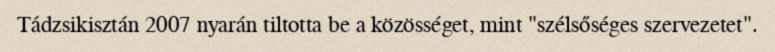
Tádzsikisztán 2007 nyarán tiltotta be a közösséget, mint "szélsőséges szervezetet".